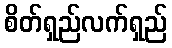
စိတ်ရှည်လက်ရှည်